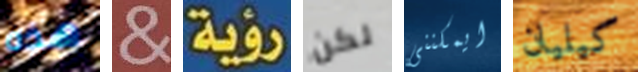
هذه & رؤية لكن ايمكننى كيليان